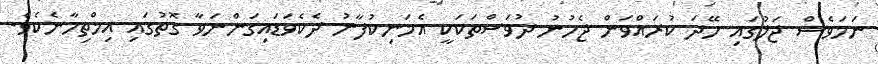
ނަމަވެސް ޖަލުގައި ހޭދަ ކުރައްވަން ޖެހުނު ދުވަސްތަކަކީ އެމަނިކުފާނު ދެކެވަޑައިގަންނަވާ ގޮތުގައި އިމްތިހާނެކެވެ.